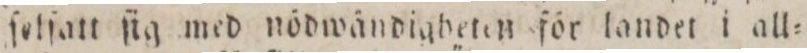
ſolfatt ſig med nödwändigheten för landet i all=